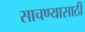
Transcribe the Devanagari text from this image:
साचण्यासाठी